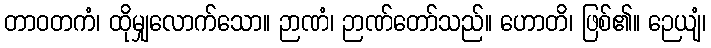
တာဝတကံ၊ ထိုမျှလောက်သော။ ဉာဏံ၊ ဉာဏ်တော်သည်။ ဟောတိ၊ ဖြစ်၏။ ဉေယျံ၊